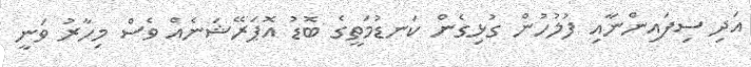
އަދި ސިފައިންނާއި ފުލުހުން ގުޅިގެން ކަނޑުމަތީގެ ބޮޑު އޮޕަރޭޝަނެއް ވެސް މިހާރު ވަނީ